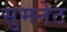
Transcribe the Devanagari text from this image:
सुमनेट